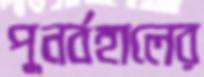
পুনর্বহালের